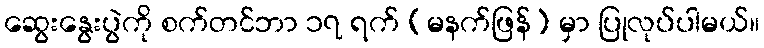
ဆွေးနွေးပွဲကို စက်တင်ဘာ ၁၇ ရက် (မနက်ဖြန်) မှာ ပြုလုပ်ပါမယ်။